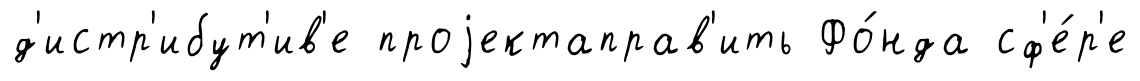
д'истр'ибут'ив'е проjектаправ'ить Фо́нда сф'е́р'е